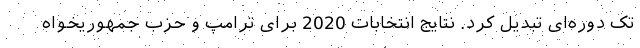
تک دوره‌ای تبدیل کرد. نتایج انتخابات 2020 برای ترامپ و حزب جمهوریخواه